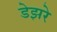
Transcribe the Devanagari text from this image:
डेझरे